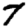
Digit: 7